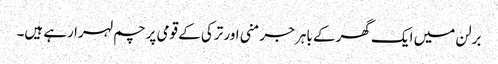
برلن میں ایک گھر کے باہر جرمنی اور ترکی کے قومی پرچم لہرا رہے ہیں۔